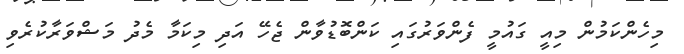
މިހެންކަމުން މިއީ ގައުމީ ފެންވަރުގައި ކަންބޮޑުވާން ޖެހޭ އަދި މިކަމާ މެދު މަޝްވަރާކުރެވި